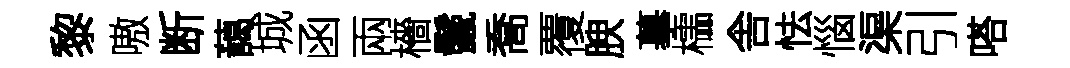
黎嗷断藹城函兩檣鬛喬覆腴摹櫺舎怯惱渠引嗒